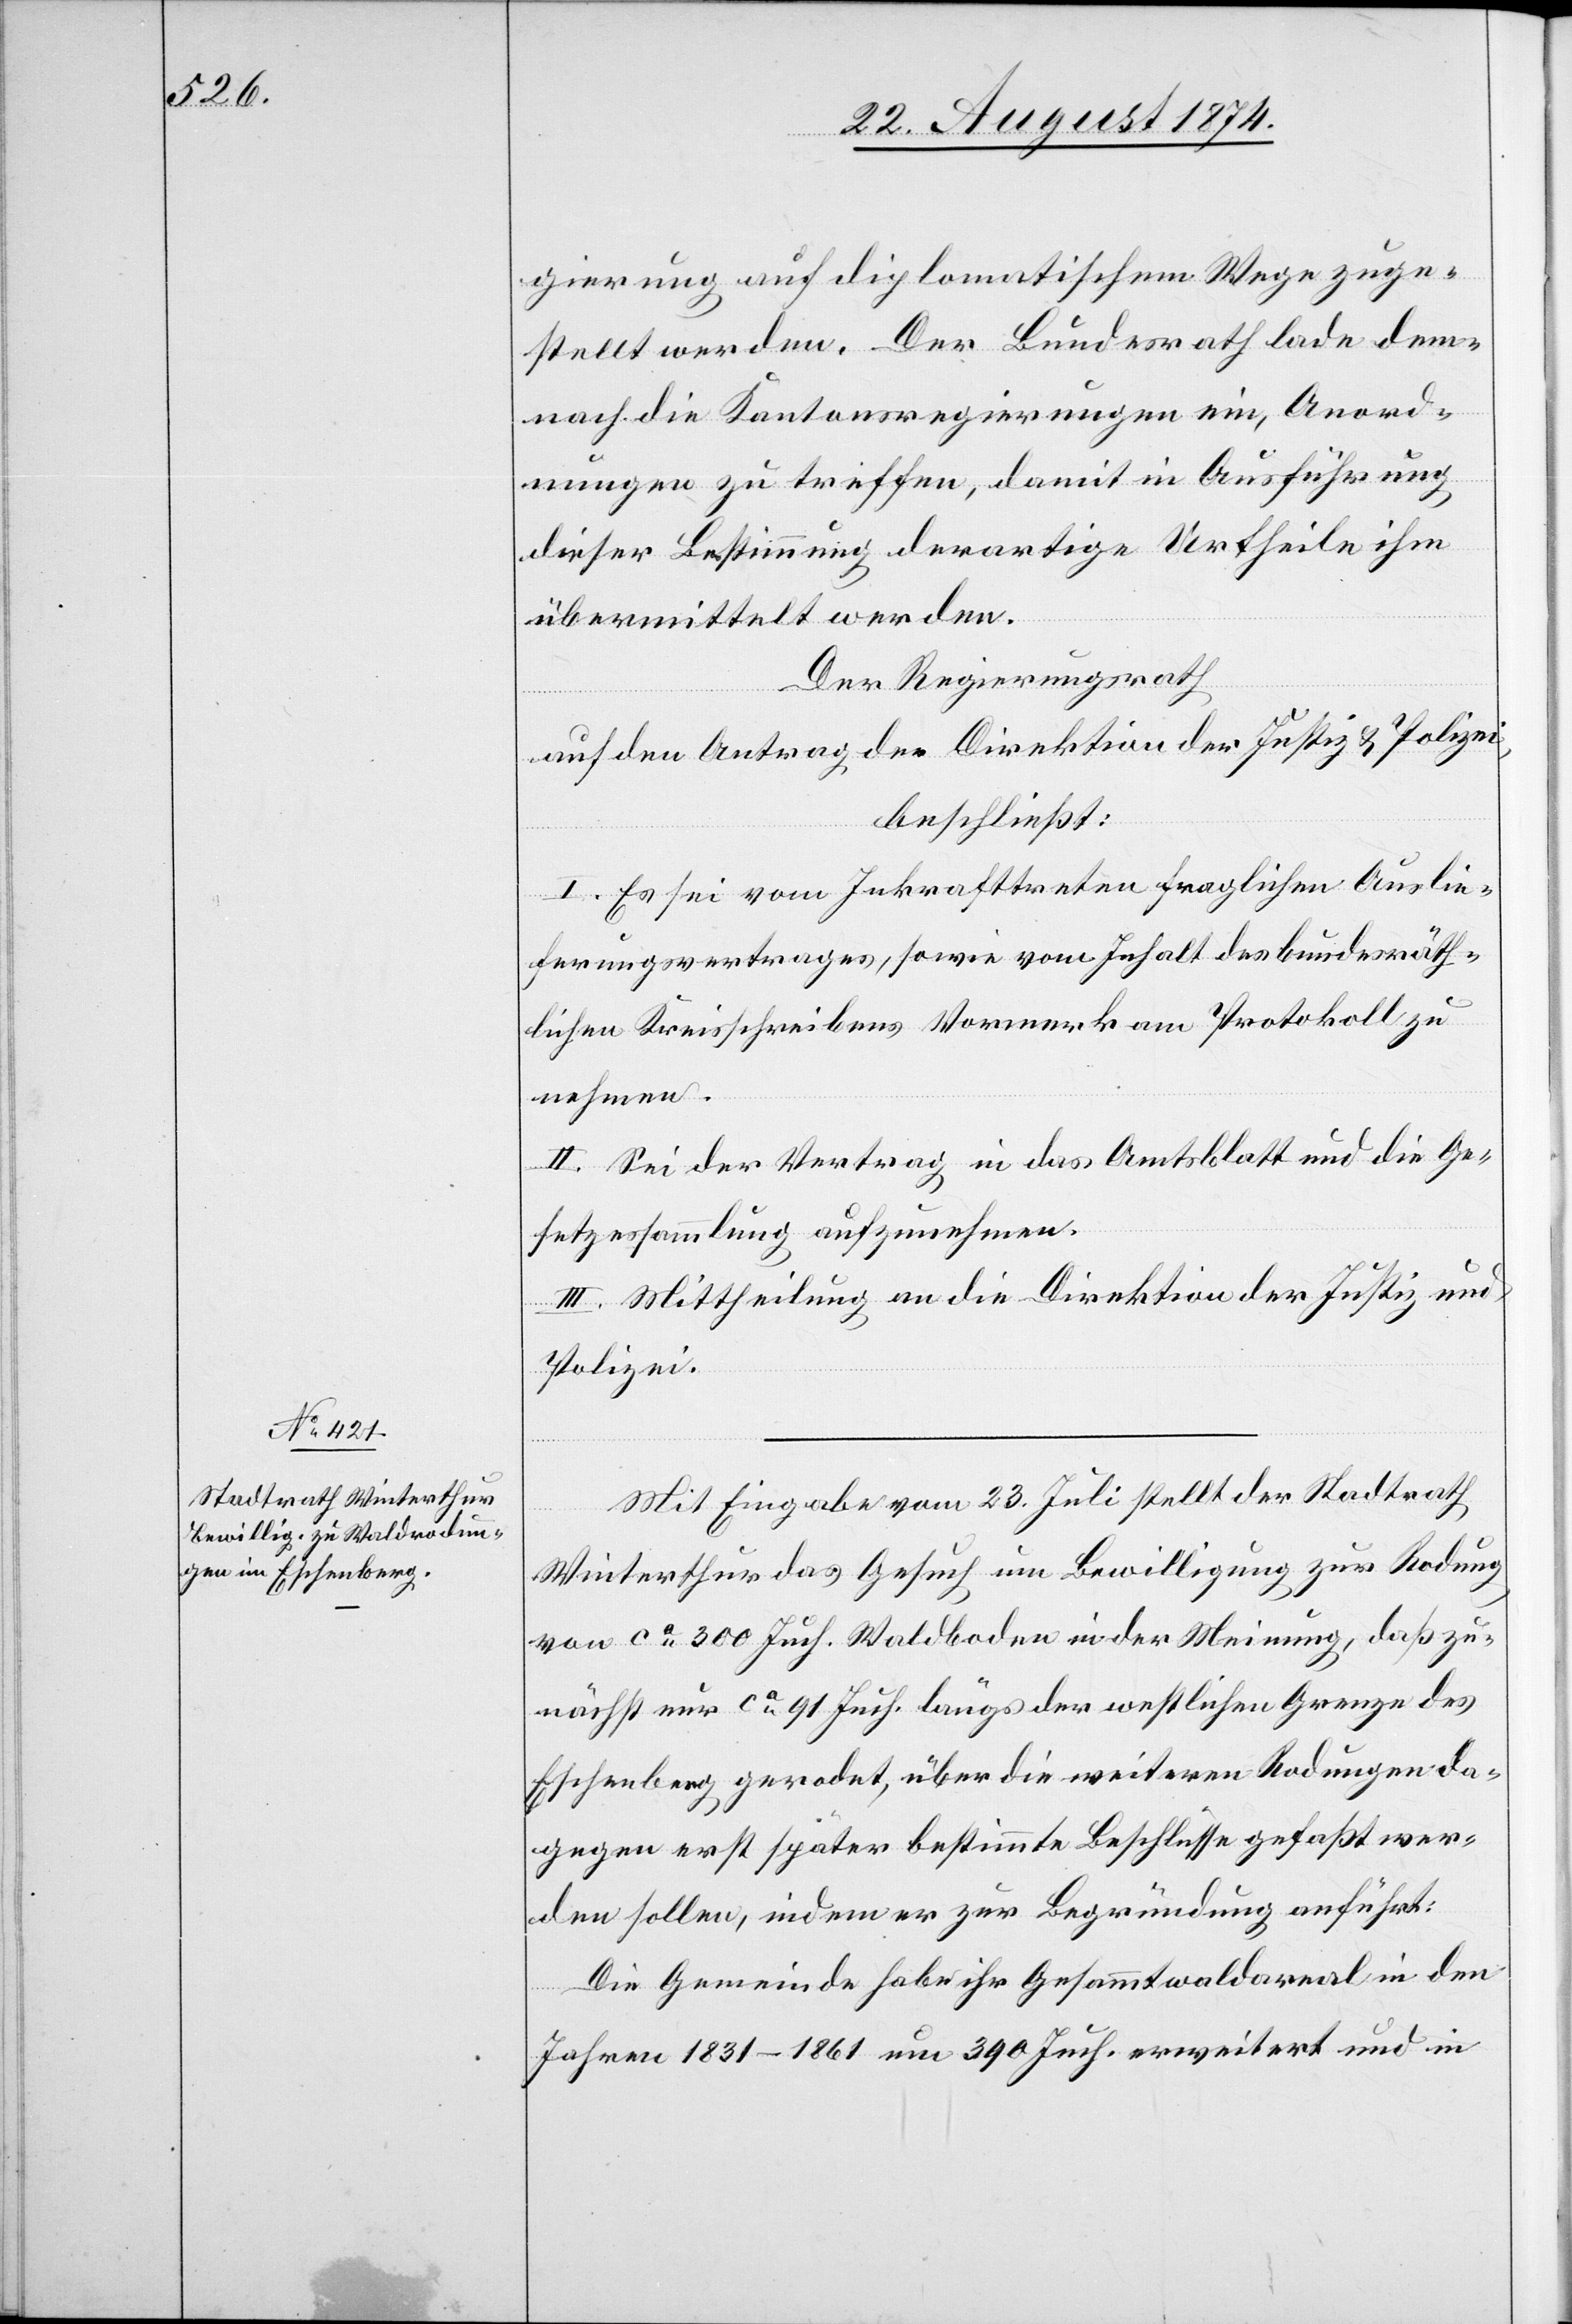
gierung auf diplomatischem Wege zuge¬
stellt werden. Der Bundesrath lade dem¬
nach die Kantonsregierungen ein, Anord¬
nungen zu treffen, damit in Ausführung
dieser Bestimmung derartige Urtheile ihm
übermittelt werden.
Der Regierungsrath
auf den Antrag der Direktion der Justiz u. Polizei,
beschließt:
I. Es sei vom Inkrafttreten fraglichen Auslie¬
ferungsvertrages, sowie vom Inhalt des bundesräth¬
lichen Kreisschreibens Vormerk am Protokoll zu
nehmen.
II. Sei der Vertrag in das Amtsblatt und die Ge¬
setzessammlung aufzunehmen.
III. Mittheilung an die Direktion der Justiz und
Polizei.
Mit Eingabe vom 23. Juli stellt der Stadtrath
Winterthur das Gesuch um Bewilligung zur Rodung
von ca 300 Juch. Waldboden in der Meinung, daß zu¬
nächst nur ca 91 Juch. längs der westlichen Grenze des
Eschenberg gerodet, über die weitern Rodungen da¬
gegen erst später bestimmte Beschlüsse gefaßt wer¬
den sollen, indem er zur Begründung anführt:
Die Gemeinde habe ihr Gesammtwaldareal in den
Jahren 1831–1861 um 390 Juch. erweitert und in